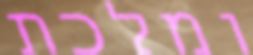
ומלכת